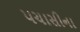
પચાસીના